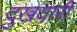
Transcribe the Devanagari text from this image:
दुखयारी